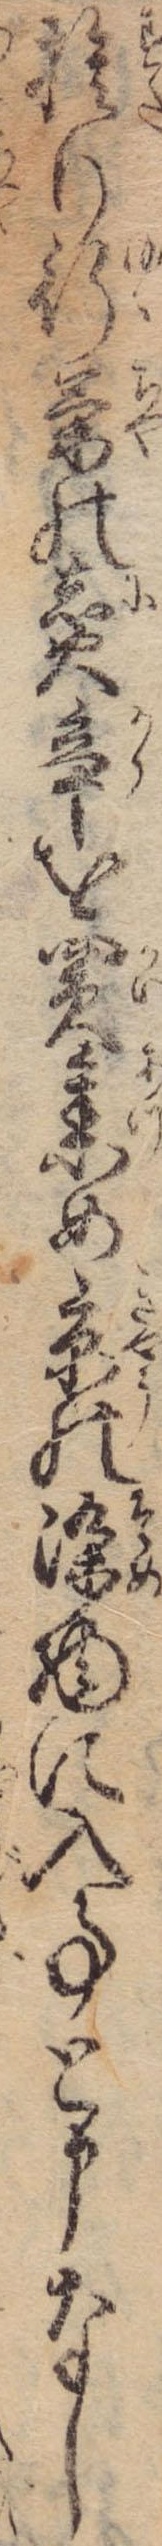
捨り行茶の煮辛を買集め京の染物に入事と申なし